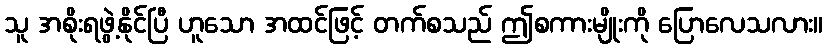
သူ အစိုးရဖွဲ့နိုင်ပြီ ဟူသော အထင်ဖြင့် တက်စသည် ဤစကားမျိုးကို ပြောလေသလား။